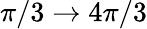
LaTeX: \pi/3\to 4\pi/3